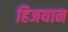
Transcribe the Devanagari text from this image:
हिजयान